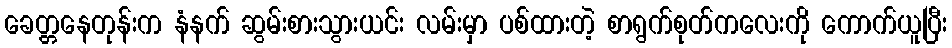
ခေတ္တနေတုန်းက နံနက် ဆွမ်းစားသွားယင်း လမ်းမှာ ပစ်ထားတဲ့ စာရွက်စုတ်ကလေးကို ကောက်ယူပြီး